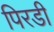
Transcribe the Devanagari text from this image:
पिरडी